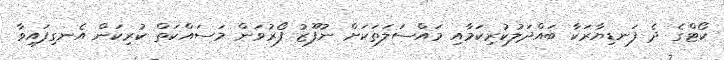
ކޯޓްގެ ދެ ފަނޑިޔާރަކާ ބައްދަލުކުރިކަމާއި މައްސަލަތަކަށް ނުފޫޒު ފޯރުވަން މަސައްކަތް ކުރިކަން އެނގިފައިވާ